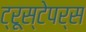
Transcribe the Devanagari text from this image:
ट्रूस्टेपर्स